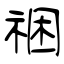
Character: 祵